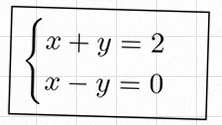
\begin{cases}x+y=2\\x-y=0\end{cases}